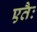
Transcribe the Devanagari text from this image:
एतैः